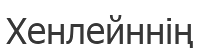
Хенлейннің